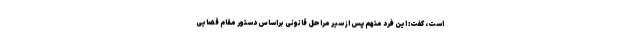
است، گفت: این فرد متهم پس از سیر مراحل قانونی براساس دستور مقام قضایی